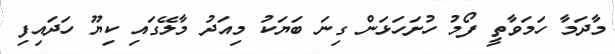
މާދަމާ ހަމަވާތީ ފޯމު ހުށަހަޅަން ގިނަ ބަޔަކު މިއަދު މާލޭގައި ކިޔޫ ހަދައިފި